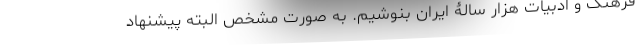
فرهنگ و ادبیات هزار سالۀ ایران بنوشیم. به صورت مشخص البته پیشنهاد